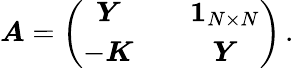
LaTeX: \begin{array}{r}{\boldsymbol{A}=\left(\begin{array}{cc}{\boldsymbol{Y}\quad}&{\boldsymbol{1}_{N\times N}}\\ {-\boldsymbol{K}\quad}&{\boldsymbol{Y}}\end{array}\right)\, .}\end{array}